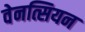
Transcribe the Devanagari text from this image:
वेनत्सियन